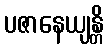
ပဇာနေယျန္တိ